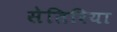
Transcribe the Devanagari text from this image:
सेतिरिया